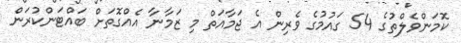
ކޮމަންވެލްތުގެ 54 ގައުމުގެ ވެރިން އެ ޖަމާއަތް މި ޒަމާނާ އެއްގޮތަށް ބައްޓަންކުރަން